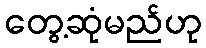
တွေ့ဆုံမည်ဟု